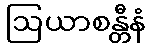
ဩယာစန္တီနံ